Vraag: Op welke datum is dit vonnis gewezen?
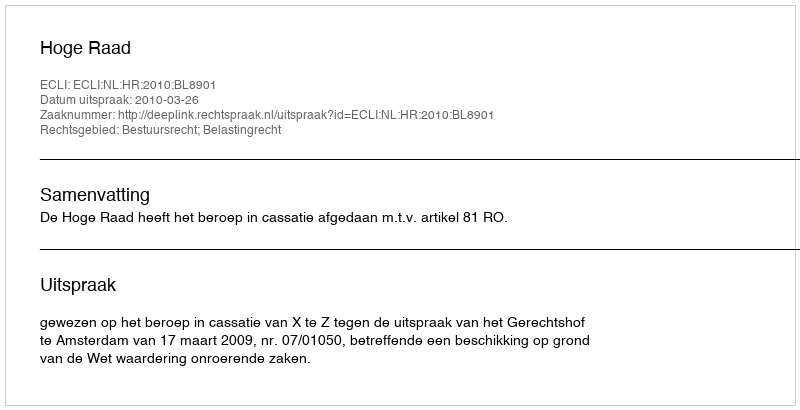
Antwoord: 2010-03-26